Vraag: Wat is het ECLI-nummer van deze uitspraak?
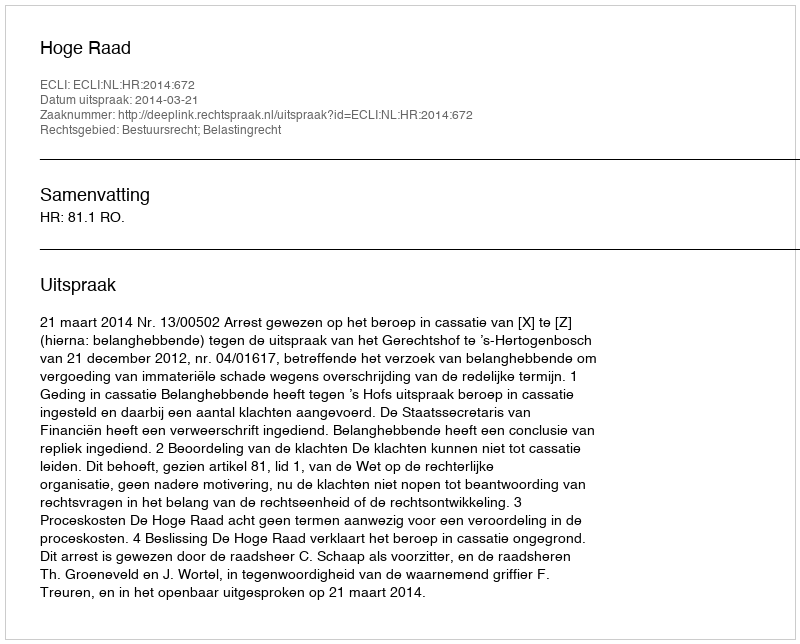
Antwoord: ECLI:NL:HR:2014:672